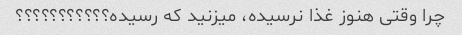
چرا وقتی هنوز غذا نرسیده، میزنید که رسیده؟؟؟؟؟؟؟؟؟؟؟